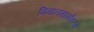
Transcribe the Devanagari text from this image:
विमानमार्गांवरचे